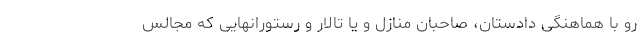
رو با هماهنگی دادستان، صاحبان منازل و یا تالار و رستورانهایی که مجالس